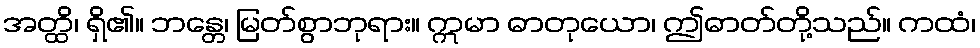
အတ္ထိ၊ ရှိ၏။ ဘန္တေ၊ မြတ်စွာဘုရား။ ဣမာ ဓာတုယော၊ ဤဓာတ်တို့သည်။ ကထံ၊